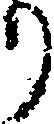
り